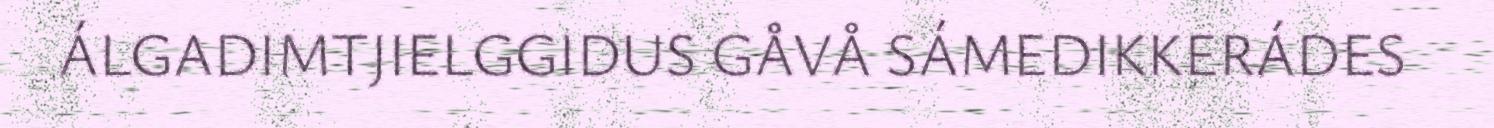
ÁLGADIMTJIELGGIDUS GÅVÅ SÁMEDIKKERÁDES ​ ​